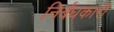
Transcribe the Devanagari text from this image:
निर्बंधकारी